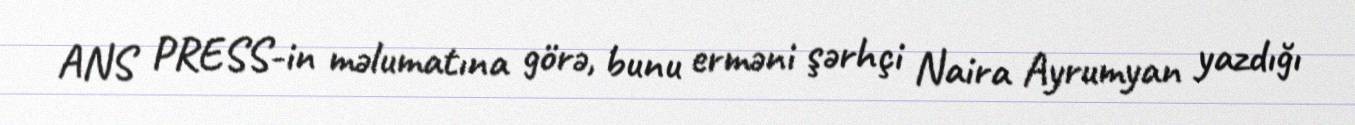
ANS PRESS-in məlumatına görə, bunu erməni şərhçi Naira Ayrumyan yazdığı